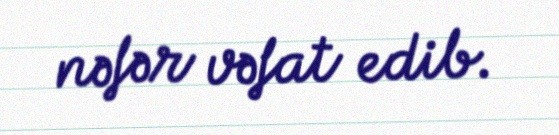
nəfər vəfat edib.